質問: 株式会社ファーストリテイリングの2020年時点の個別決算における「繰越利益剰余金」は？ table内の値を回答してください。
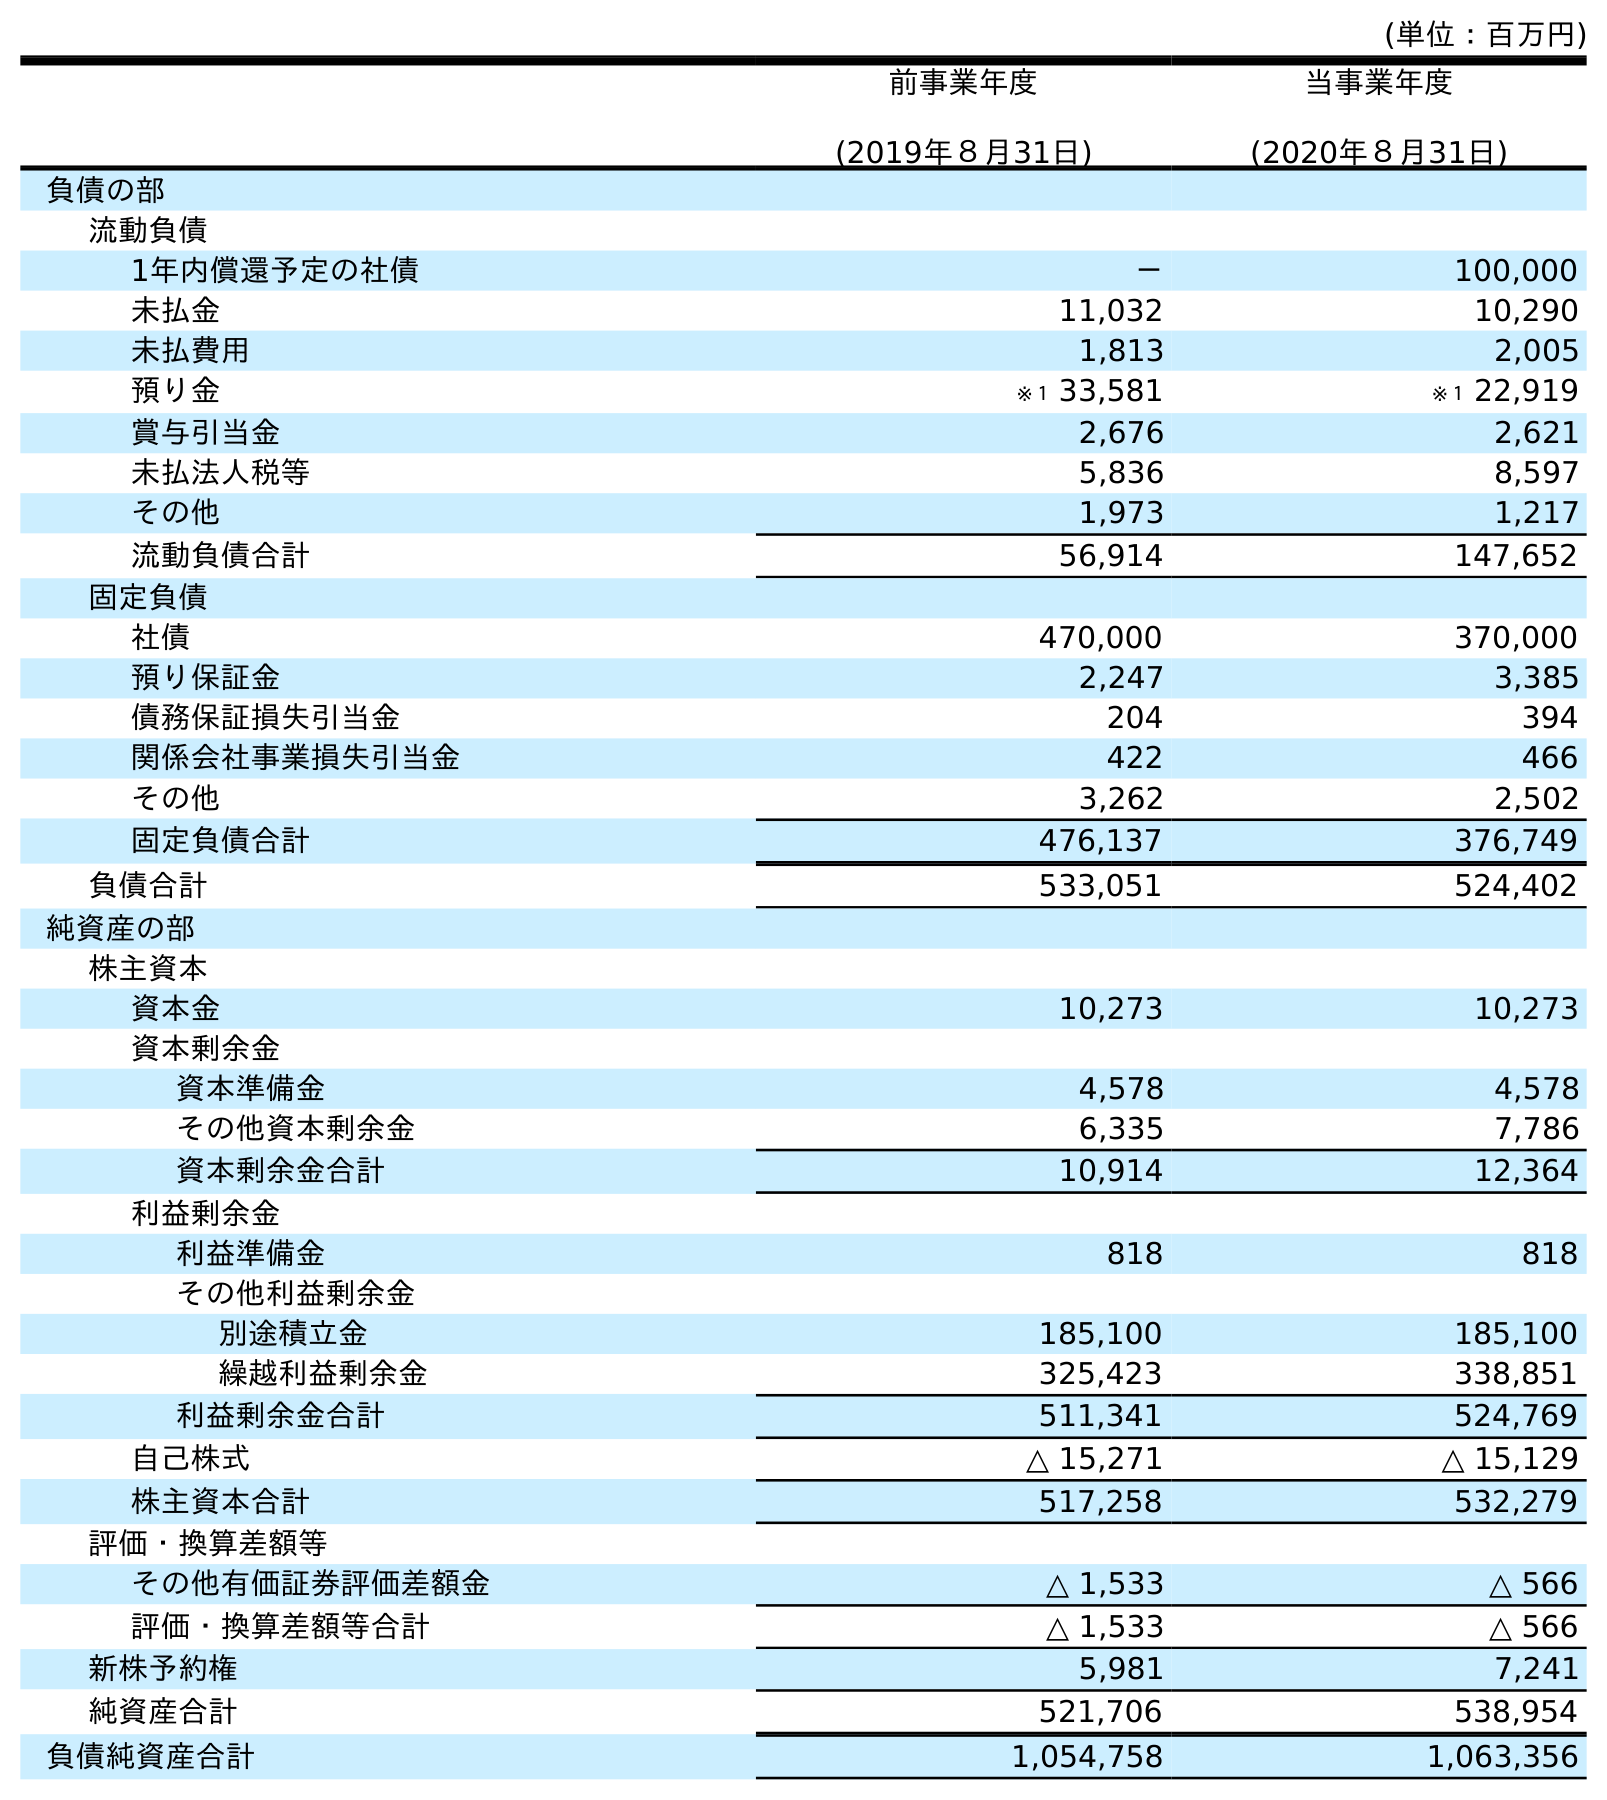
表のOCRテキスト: (単位：百万円) 前事業年度 (2019年８月31日) 当事業年度 (2020年８月31日) 負債の部 流動負債 1年内償還予定の社債 － 100,000 未払金 11,032 10,290 未払費用 1,813 2,005 預り金 ※１ 33,581 ※１ 22,919 賞与引当金 2,676 2,621 未払法人税等 5,836 8,597 その他 1,973 1,217 流動負債合計 56,914 147,652 固定負債 社債 470,000 370,000 預り保証金 2,247 3,385 債務保証損失引当金 204 394 関係会社事業損失引当金 422 466 その他 3,262 2,502 固定負債合計 476,137 376,749 負債合計 533,051 524,402 純資産の部 株主資本 資本金 10,273 10,273 資本剰余金 資本準備金 4,578 4,578 その他資本剰余金 6,335 7,786 資本剰余金合計 10,914 12,364 利益剰余金 利益準備金 818 818 その他利益剰余金 別途積立金 185,100 185,100 繰越利益剰余金 325,423 338,851 利益剰余金合計 511,341 524,769 自己株式 △ 15,271 △ 15,129 株主資本合計 517,258 532,279 評価・換算差額等 その他有価証券評価差額金 △ 1,533 △ 566 評価・換算差額等合計 △ 1,533 △ 566 新株予約権 5,981 7,241 純資産合計 521,706 538,954 負債純資産合計 1,054,758 1,063,356
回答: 338,851